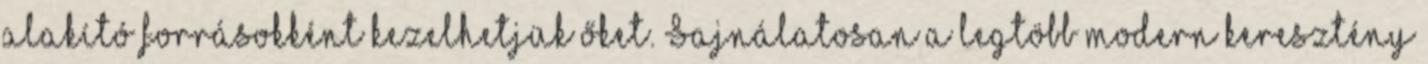
alakító forrásokként kezelhetjük őket. Sajnálatosan a legtöbb modern keresztény